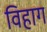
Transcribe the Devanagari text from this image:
विहाग